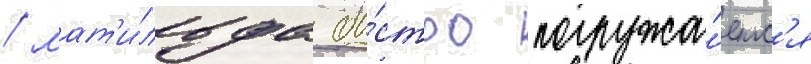
/ мат'и́льда бы́стро погружа́етс'я